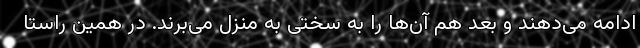
ادامه می‌دهند و بعد هم آن‌ها را به سختی به منزل می‌برند. در همین راستا